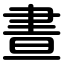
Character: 晝